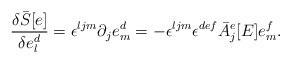
LaTeX: \begin{align*}\frac{\delta {\bar S}[e]}{\delta e_l^d}=\epsilon^{ljm}\partial_je_m^d=-\epsilon^{ljm}\epsilon^{def}{\bar A}_j^e[E]e_m^f.\end{align*}